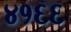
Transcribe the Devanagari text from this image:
४१६६